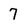
Character: 7